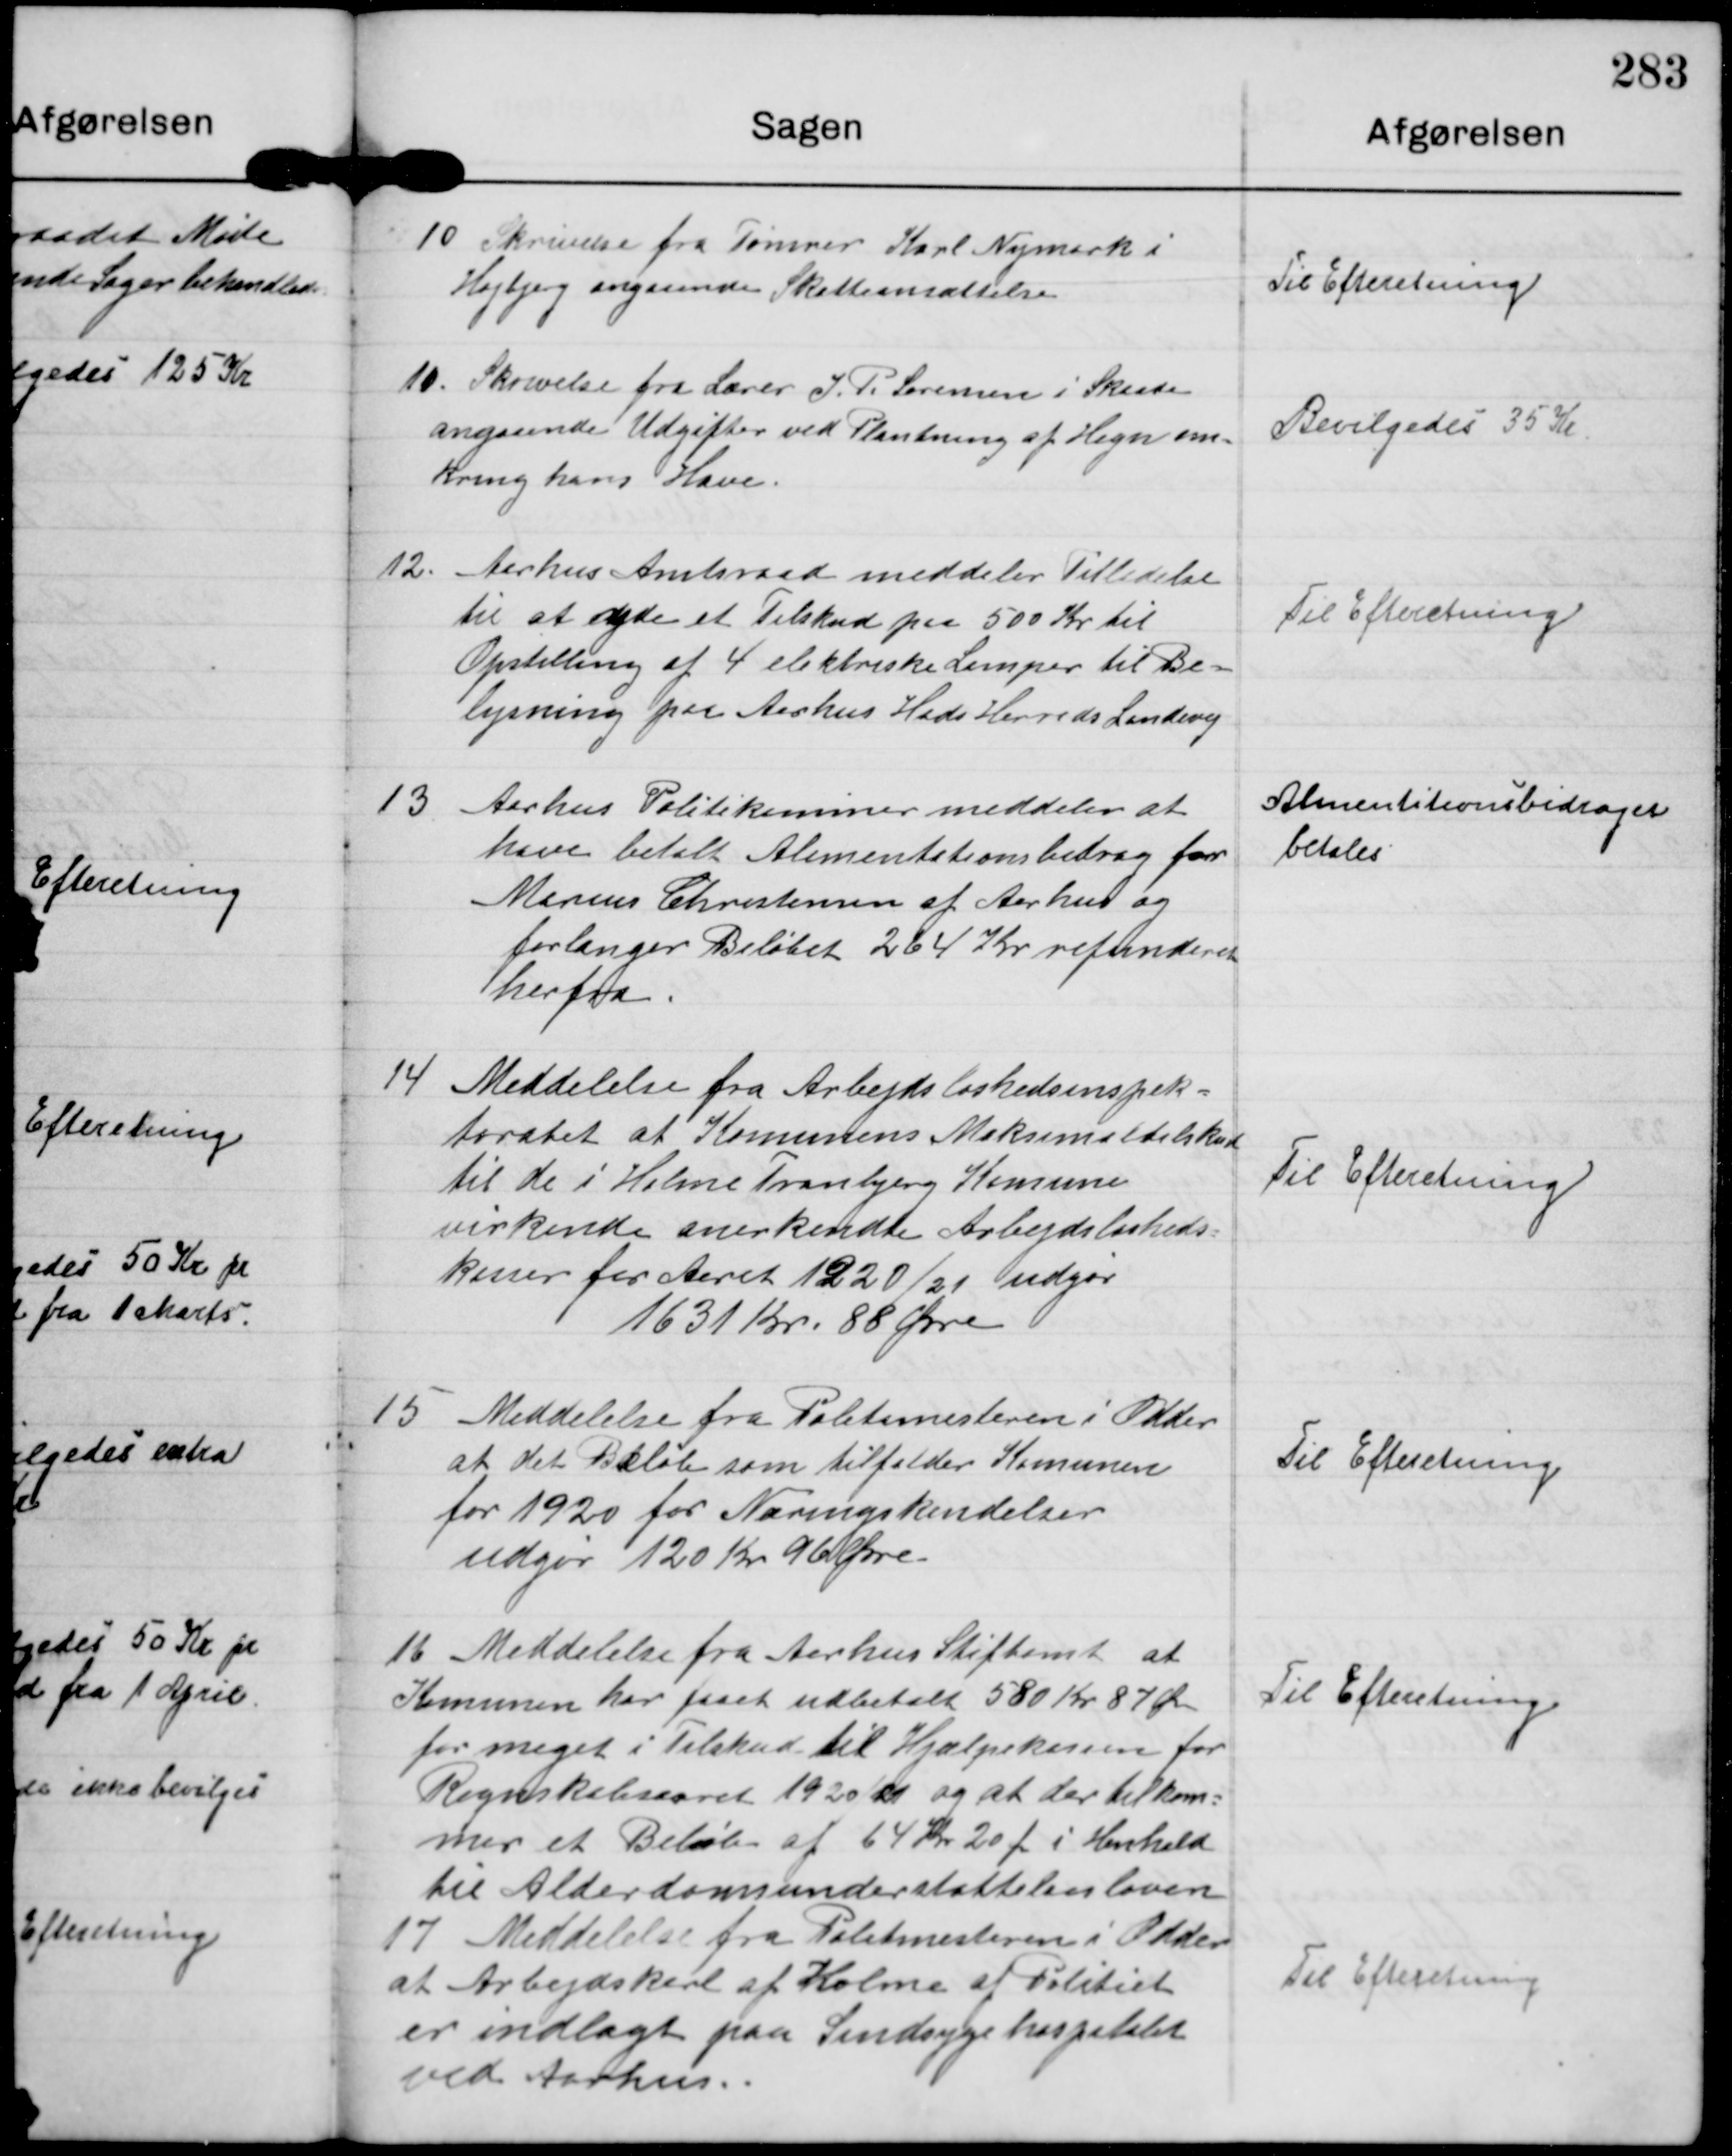
Transskription:
10

Skrivelse fra Tømrer Karl Nymark i
Højbjerg angaaende Skatteansættelse

Til Efteretning.

10.

Skrivelse fra Lærer J. P. Sørensen i Skaade
angaaende Udgifter ved Plantning af Hegn om-
kring hans Have.

Bevilgedes 35 Kr.

12.

Aarhus Amtsraad meddeler Tilladelse
til at yde et Tilskud paa 500 Kr til
Opstilling af 4 elektriske Lamper til Be-
lysning paa Aarhus Hads Herreds Landevej

Til Efteretning.

13

Aarhus Politikammer meddeler at
have betalt Alimentationsbidrag for
Marius Christensen af Aarhus og
forlanger Beløbet 264 Kr refunderet
herfra.

Alimentationsbidraget
betales

14

Meddelelse fra Arbejdsløshedsinspek-
toratet at Komunens Maksimaltilskud
til de i Holme Tranbjerg Komune
virkende anerkendte Arbejdsløsheds-
kasser for Aaret 1920/21 udgør
1631 Kr 88 Øre

Til Efteretning.

15

Meddelelse fra Politimesteren i Odder
at det Beløb som tilfalder Komunen
for 1920 for Næringskendelser
udgør 120Kr 96 Øre.

Til Efteretning.

16

Meddelelse fra Aarhus Stiftamt at
Komumen har faaet udbetalt 580 Kr 87 Øre
for meget i Tilskud til Hjælpekassen for
Regnskabsaaret 1920/21 og at der tilkom-
mer et Beløb af 64 Kr 20 Ø i Henhold
til Alderdomsunderstøttelsesloven

Til Efteretning.

17

Meddelelse fra Politimesteren i Odder
at Arbejdskarl af Holme af Politiet
er indlagt paa Sindsygehospitalet
ved Aarhus.

Til Efteretning